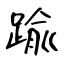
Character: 踰